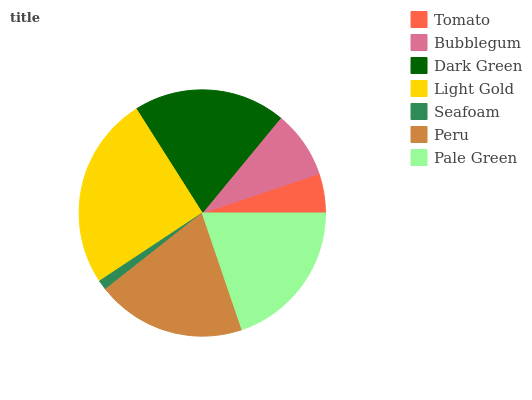
| Tomato | Bubblegum | Dark Green | Light Gold | Seafoam | Peru | Pale Green |
 | --- | --- | --- | --- | --- | --- | --- |
 | 5.18% | 8.86% | 19.9% | 25.3% | 1.31% | 19.6% | 19.8% |